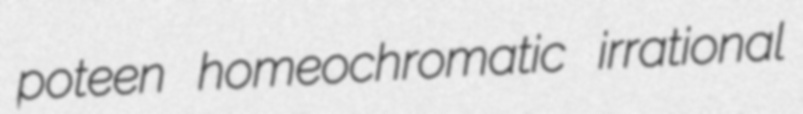
poteen homeochromatic irrational